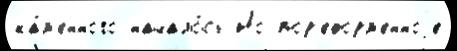
ка́м'енного начало́сь Но пор'еформ'енноjе